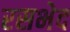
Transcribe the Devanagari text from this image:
रसभेद